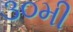
૩૦મી